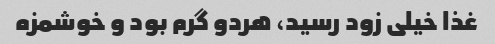
غذا خیلی زود رسید، هردو گرم بود و خوشمزه